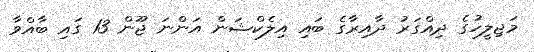
މަޖިލީހުގެ ދިއްގަރު ދާއިރާގެ ބައި އިލެކްޝަން އަންނަ ޖޫން 13 ގައި ބާއްވާ